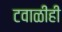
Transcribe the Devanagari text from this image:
टवाळीही